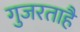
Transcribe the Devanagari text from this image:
गुजरताहै